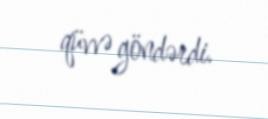
qüvvə göndərdi.